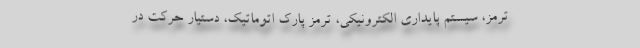
ترمز، سیستم پایداری الکترونیکی، ترمز پارک اتوماتیک، دستیار حرکت در